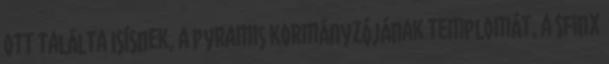
ott találta Isísnek, a pyramis kormányzójának templomát, a Sfinx